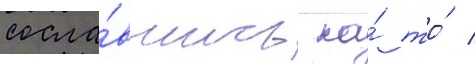
сосла́вшись на́ то́ /